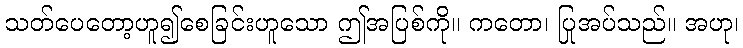
သတ်ပေတော့ဟူ၍စေခြင်းဟူသော ဤအပြစ်ကို။ ကတော၊ ပြုအပ်သည်။ အဟု၊